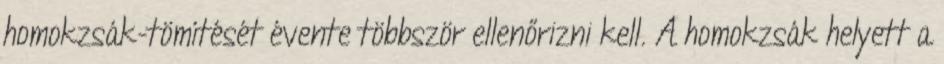
homokzsák-tömítését évente többször ellenőrizni kell. A homokzsák helyett a